V__Kingissepa_nim__kolhoos, lk 96
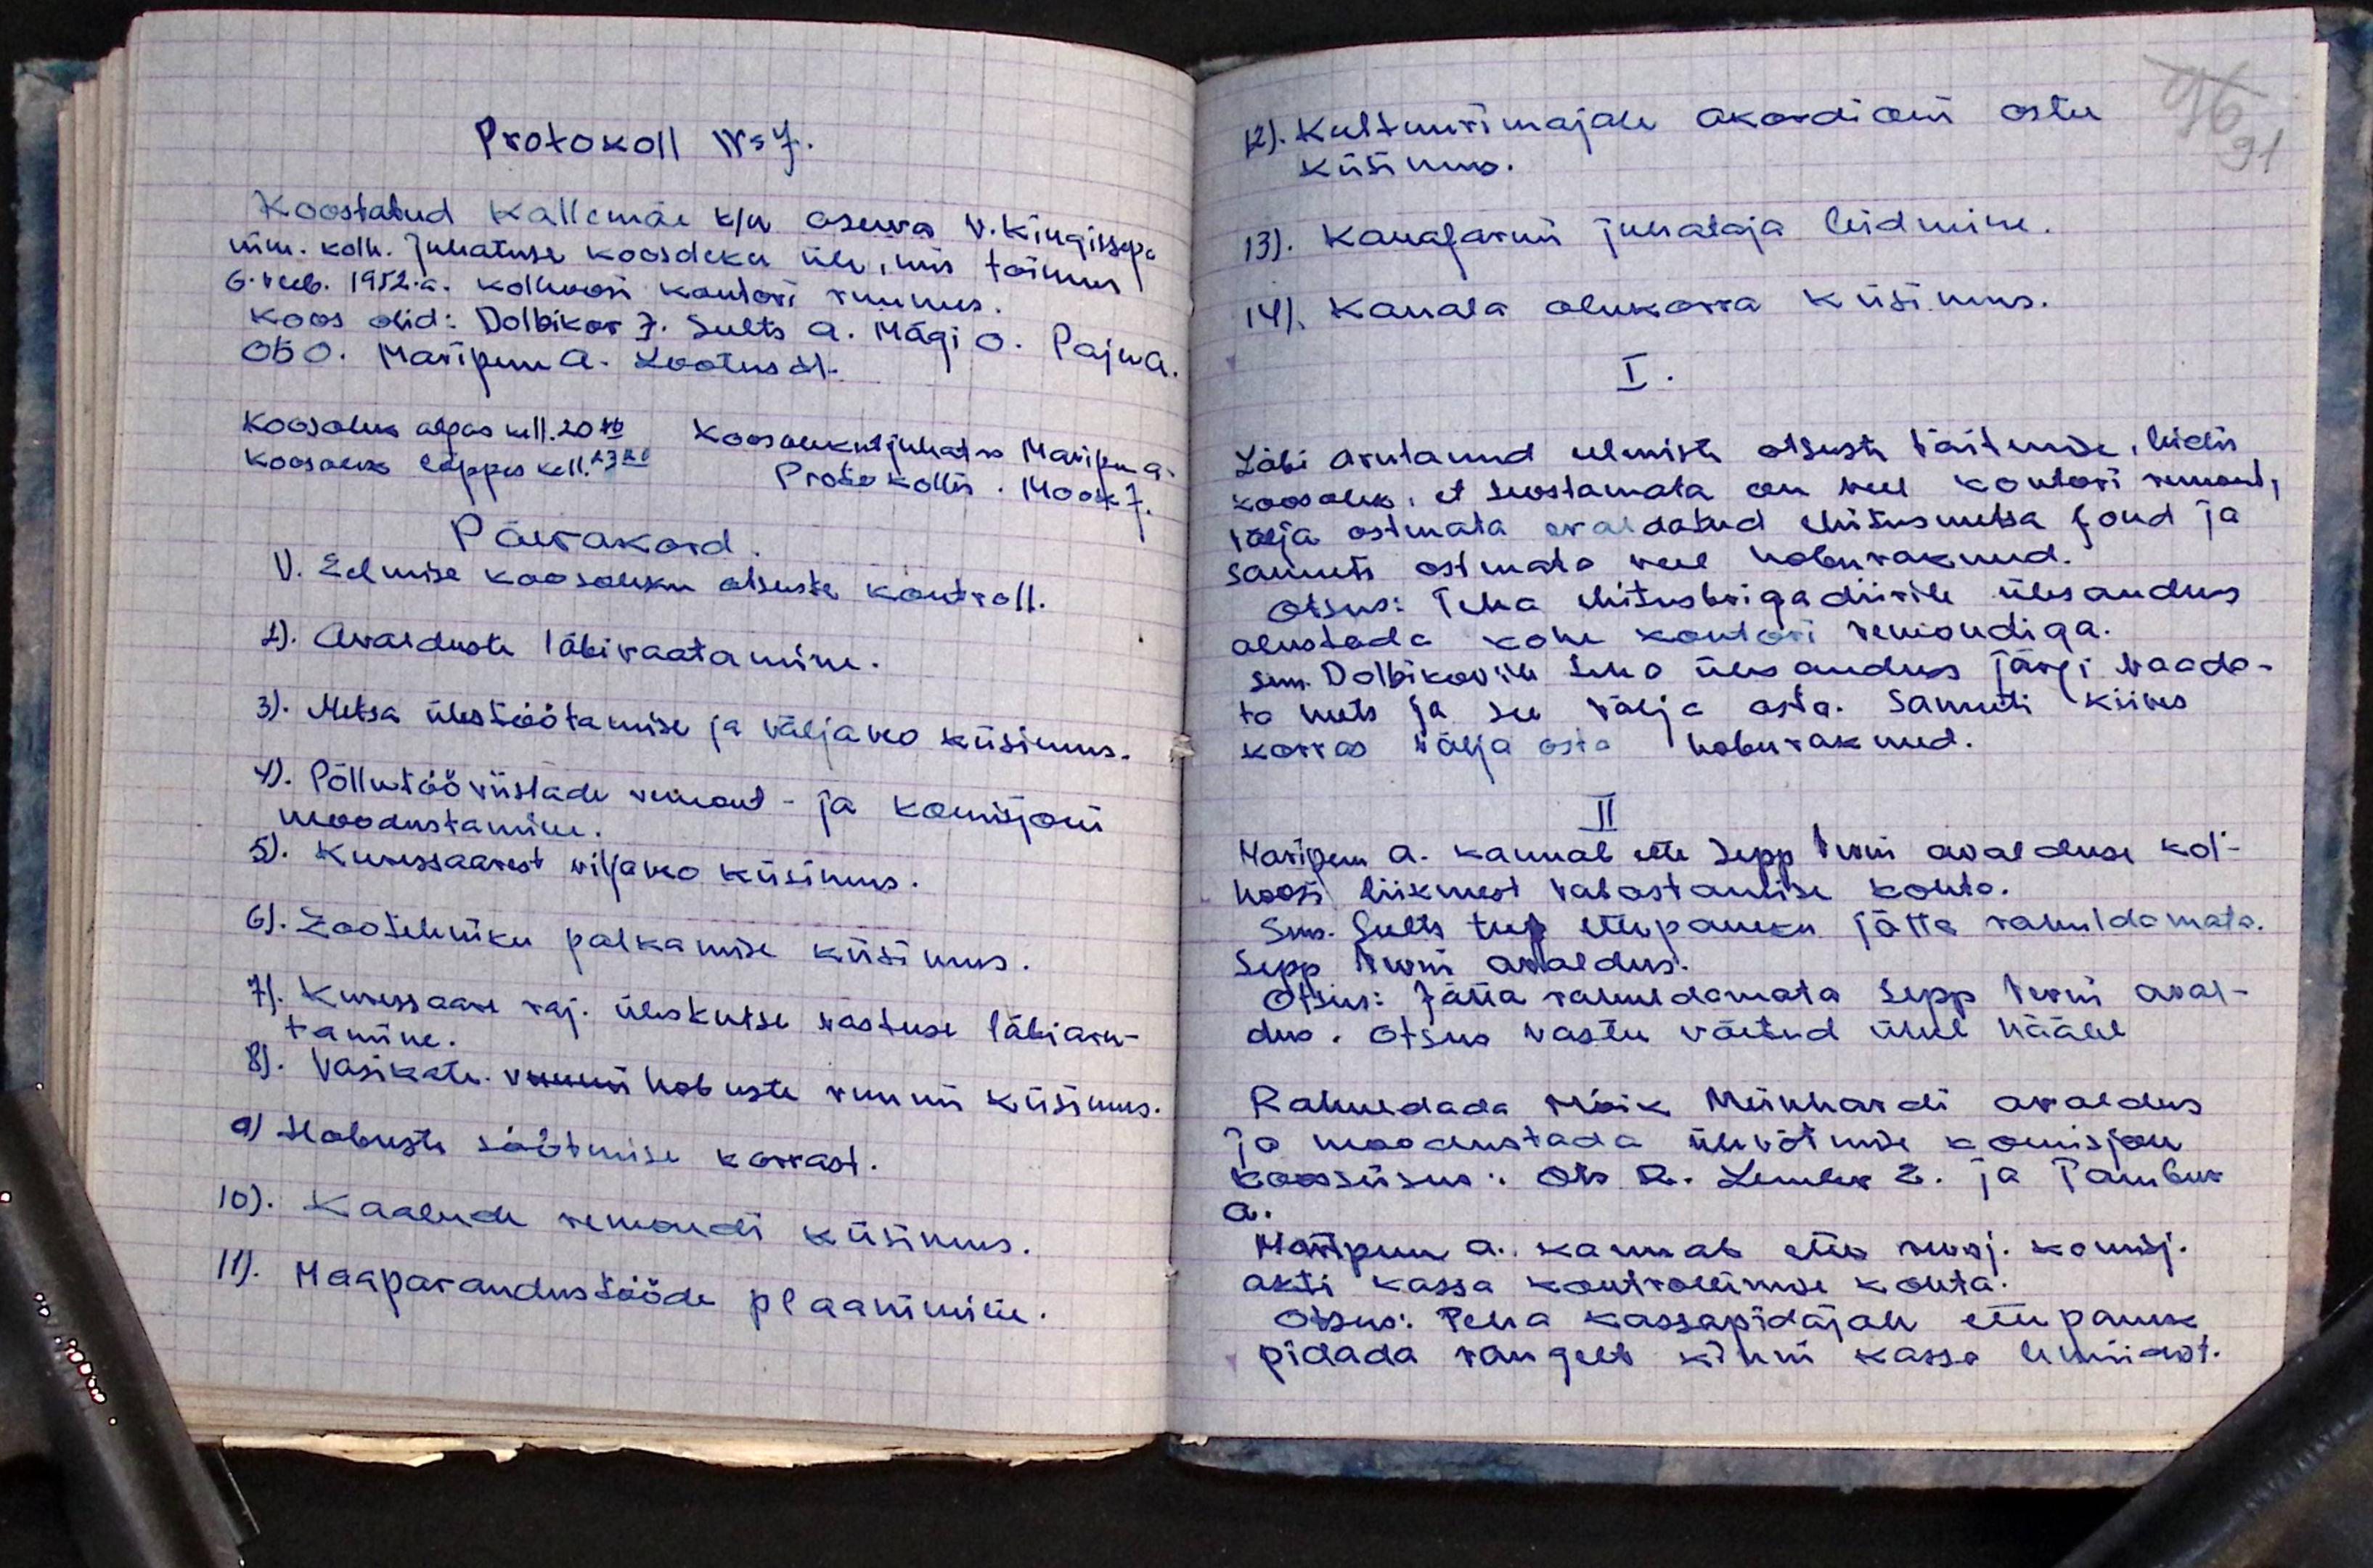
Protokoll No 7.
Koostatud Kallemäe k/n asuva V. Kingissega
nim. kolh. Juhatuse koosoleku üle, mis toimus
6. veeb. 1952. a. kolhoosi kontori ruumes.
Koos olid: Dolbikov J. Sults A. Mägi O. Paju A.
Ots O. Maripuu A. Lootus H.
Koosolek algas kell 20.18. Koosolekut juhatas Maripuu A.
Koosolek lõppes kell. 23.20 Protokollis Mook J.
Päevakord.
1). Eelmise koosoleku otsuste kontroll.
2). Avalduste läbivaatamine.
3). Metsa ülestöötamise ja väljaveo küsimus.
4). Põllutööriistade remont - ja komisjoni
moodustamine.
5). Kuressaarest viljaveo küsimus.
6). Zootehniku palkamise küsimus.
7). Kuresaare raj. üleskutse vastuse läbiaru-
tamine.
8). Vasikate vormi hobuste ruumi küsimus.
9) Hobuste töötamise korrast.
10). Kaalude remondi küsimus.
11). Maaparandustööde plaanimine.

96
12). Kultuurimajale akordioni ostu
küsimus.
13). Kanafarmi juhataja leidmine.
14) Kanala olukorra küsimus.
I.
Läbi arutanud eelmiste otsusti täitmise, leidis
koosolek, et teostamata on veel kontori remont,
välja ostmata eraldatud ehitusmetsa fond ja
samuti ostmate veel hoburakmed.
Otsus: Teha ehitusbrigadiirile ülesandeks
alustada kohe kontori remondiga.
sms. Dolbikovile teja ülesandeks järgi vaada-
ta mets ja see välja osta samuti kiires
korras välja osta hoburakmed.
II
Maripuu A kannab ette Sepp homi avalduse kol-
hoosi liikmest vabastamise kohta.
Sms. Sults teeb ettepaneku jätta rahuldamata.
Sepp kuni avaldus.
Otsus: Jätta rahuldamata Sepp levni aval-
dus. Otsus vastu võetud ühel häälel
Rahuldada kõik Meinhardi avaldus
ja moodustada ülevõtmise komisjon
koosseisus: Ots. R. Lember. E. ja Tambur
A.
Maripuu A. kannab ette revisj. komisj.
akti kassa kontrollimise konta.
otsus: Teha kassapidajle ettepanek
pidada rangelt kinni kassa umi-kot.